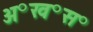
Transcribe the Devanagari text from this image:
अ॰ख॰स॰